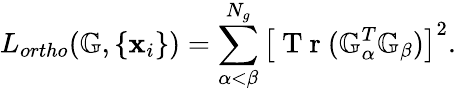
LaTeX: L_{ortho}({\mathbb G},\{ \mathbf x_{i}\} )=\sum_{\alpha<\beta}^{N_{g}}\left[\mathrm{~T~r~}({\mathbb G}_{\alpha}^{T}{\mathbb G}_{\beta})\right]^{2}.